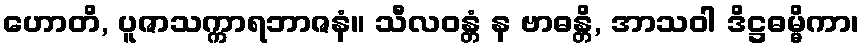
ဟောတိ, ပူဇာသက္ကာရဘာဇနံ။ သီလဝန္တံ န ဗာဓန္တိ, အာသဝါ ဒိဋ္ဌဓမ္မိကာ၊